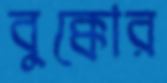
বুক্কোর